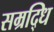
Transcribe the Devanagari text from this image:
सम्रद्धि